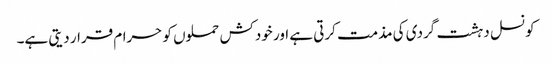
کونسل دہشت گردی کی مذمت کرتی ہے اور خودکش حملوں کو حرام قرار دیتی ہے۔